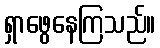
ရှာဖွေနေကြသည်။